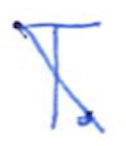
Text: T.
Cross-out: diagonal
Writing tool: ballpoint